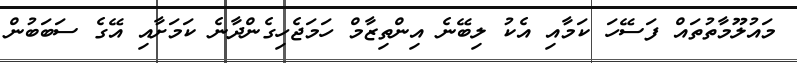
މައުލޫމާތުތައް ފަސޭހަ ކަމާއި އެކު ލިބޭނެ އިންތިޒާމް ހަމަޖެހިގެންދާނެ ކަމަށާއި އޭގެ ސަބަބުން